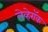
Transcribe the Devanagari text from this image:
लेव्हेरॉक